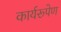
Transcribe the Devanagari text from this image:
कार्यरूपेण